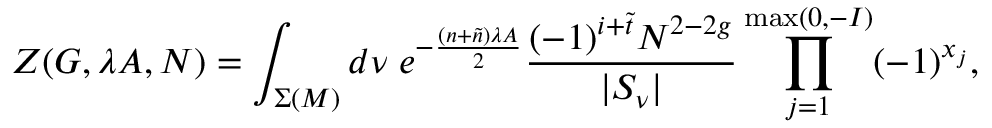
{ \cal Z } ( G , \lambda A , N ) = \int _ { \Sigma ( { \cal M } ) } d \nu \; e ^ { - \frac { ( n + \tilde { n } ) \lambda A } { 2 } } \frac { ( - 1 ) ^ { i + \tilde { t } } N ^ { 2 - 2 g } } { | S _ { \nu } | } \prod _ { j = 1 } ^ { \operatorname * { m a x } ( 0 , - I ) } ( - 1 ) ^ { x _ { j } } ,